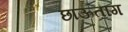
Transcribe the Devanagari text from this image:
छाऊतांग